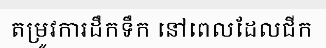
តម្រូវការដឹកទឹក នៅពេលដែលជីក